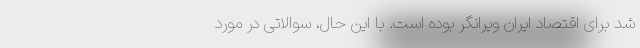
شد برای اقتصاد ایران ویرانگر بوده است. با این حال، سوالاتی در مورد